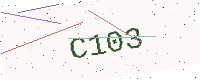
Text: C103